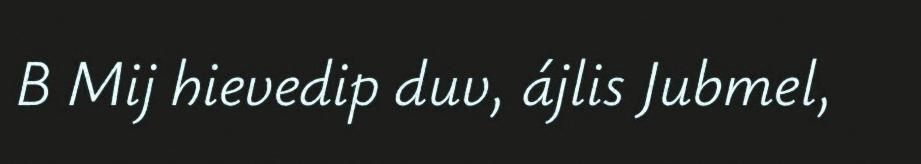
B Mij hievedip duv, ájlis Jubmel,